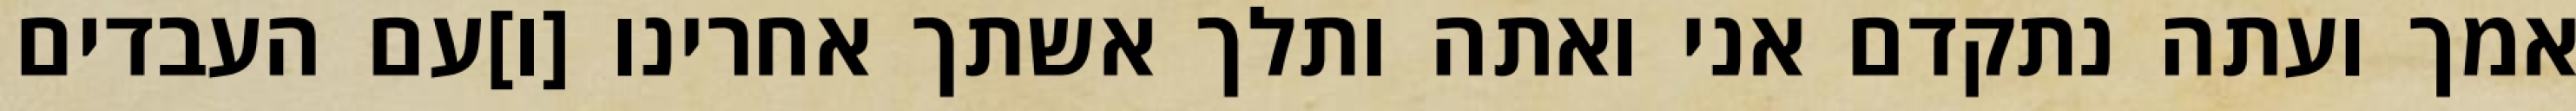
אמך ועתה נתקדם אני ואתה ותלך אשתך אחרינו [ו]עם העבדים